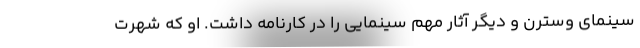
سینمای وسترن و دیگر آثار مهم سینمایی را در کارنامه داشت. او که شهرت